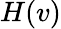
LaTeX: H(v)